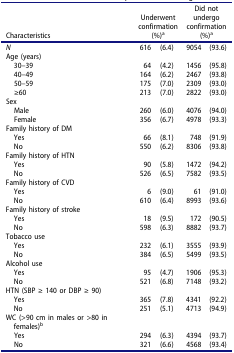
<table><thead><tr><td><b>Characteristics</b></td><td colspan="2"><b>Underwent confirmation (%)<sup>a</sup></b></td><td colspan="2"><b>Did not undergo confirmation (%)<sup>a</sup></b></td></tr></thead><tbody><tr><td><i>N</i></td><td>616</td><td>(6.4)</td><td>9054</td><td>(93.6)</td></tr><tr><td>Age (years)</td><td> </td><td> </td><td> </td><td> </td></tr><tr><td> 30–39</td><td>64</td><td>(4.2)</td><td>1456</td><td>(95.8)</td></tr><tr><td> 40–49</td><td>164</td><td>(6.2)</td><td>2467</td><td>(93.8)</td></tr><tr><td> 50–59</td><td>175</td><td>(7.0)</td><td>2309</td><td>(93.0)</td></tr><tr><td> ≥60</td><td>213</td><td>(7.0)</td><td>2822</td><td>(93.0)</td></tr><tr><td>Sex</td><td> </td><td> </td><td> </td><td> </td></tr><tr><td> Male</td><td>260</td><td>(6.0)</td><td>4076</td><td>(94.0)</td></tr><tr><td> Female</td><td>356</td><td>(6.7)</td><td>4978</td><td>(93.3)</td></tr><tr><td>Family history of DM</td><td> </td><td> </td><td> </td><td> </td></tr><tr><td> Yes</td><td>66</td><td>(8.1)</td><td>748</td><td>(91.9)</td></tr><tr><td> No</td><td>550</td><td>(6.2)</td><td>8306</td><td>(93.8)</td></tr><tr><td>Family history of HTN</td><td> </td><td> </td><td> </td><td> </td></tr><tr><td> Yes</td><td>90</td><td>(5.8)</td><td>1472</td><td>(94.2)</td></tr><tr><td> No</td><td>526</td><td>(6.5)</td><td>7582</td><td>(93.5)</td></tr><tr><td>Family history of CVD</td><td> </td><td> </td><td> </td><td> </td></tr><tr><td> Yes</td><td>6</td><td>(9.0)</td><td>61</td><td>(91.0)</td></tr><tr><td> No</td><td>610</td><td>(6.4)</td><td>8993</td><td>(93.6)</td></tr><tr><td>Family history of stroke</td><td> </td><td> </td><td> </td><td> </td></tr><tr><td> Yes</td><td>18</td><td>(9.5)</td><td>172</td><td>(90.5)</td></tr><tr><td> No</td><td>598</td><td>(6.3)</td><td>8882</td><td>(93.7)</td></tr><tr><td>Tobacco use</td><td> </td><td> </td><td> </td><td> </td></tr><tr><td> Yes</td><td>232</td><td>(6.1)</td><td>3555</td><td>(93.9)</td></tr><tr><td> No</td><td>384</td><td>(6.5)</td><td>5499</td><td>(93.5)</td></tr><tr><td>Alcohol use</td><td> </td><td> </td><td> </td><td> </td></tr><tr><td> Yes</td><td>95</td><td>(4.7)</td><td>1906</td><td>(95.3)</td></tr><tr><td> No</td><td>521</td><td>(6.8)</td><td>7148</td><td>(93.2)</td></tr><tr><td>HTN (SBP ≥ 140 or DBP ≥ 90)</td><td> </td><td> </td><td> </td><td> </td></tr><tr><td> Yes</td><td>365</td><td>(7.8)</td><td>4341</td><td>(92.2)</td></tr><tr><td> No</td><td>251</td><td>(5.1)</td><td>4713</td><td>(94.9)</td></tr><tr><td>WC (&gt;90 cm in males or &gt;80 in females)<sup>b</sup></td><td> </td><td> </td><td> </td><td> </td></tr><tr><td> Yes</td><td>294</td><td>(6.3)</td><td>4394</td><td>(93.7)</td></tr><tr><td> No</td><td>321</td><td>(6.6)</td><td>4568</td><td>(93.4)</td></tr></tbody></table>